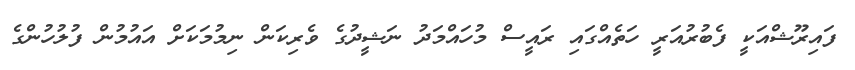
ފައިރޫޝްއަކީ ފެބުރުއަރީ ހަތެއްގައި ރައީސް މުހައްމަދު ނަޝީދުގެ ވެރިކަން ނިމުމަކަށް އައުމުން ފުލުހުންގެ